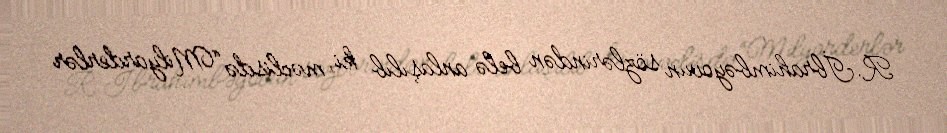
R.İbrahimbəyovun sözlərindən belə anlaşılıb ki, məclisdə “Milyarderlər